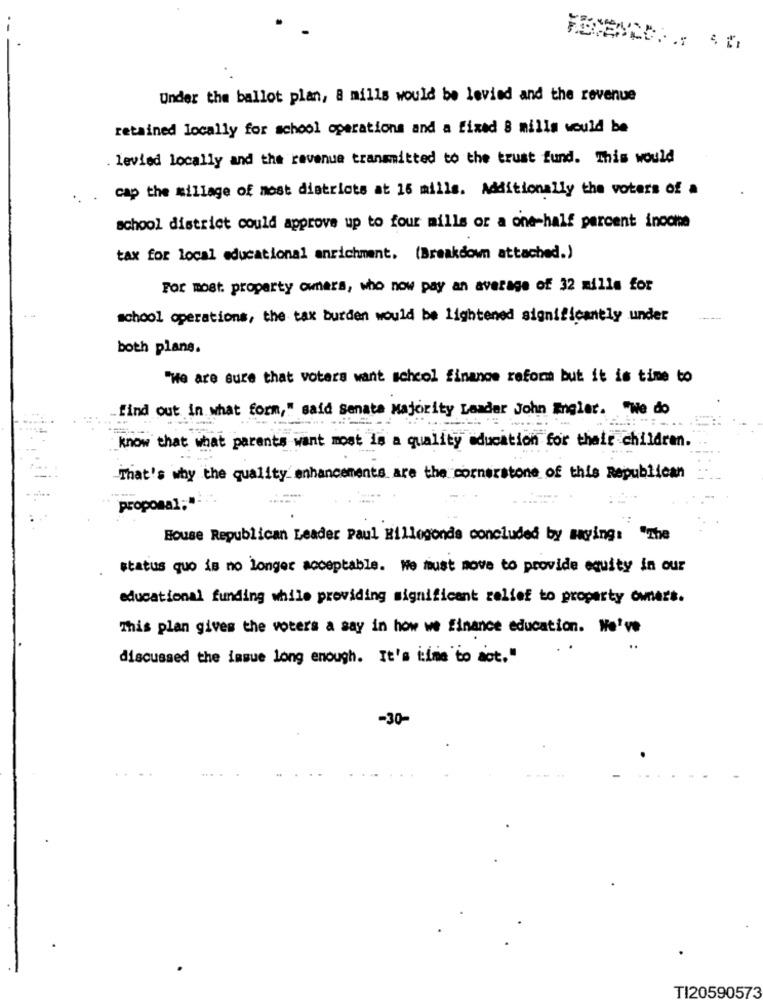
Under the ballot plan, & mills would be levied and the revenue
retained locally for school operations and a fixed 8 mills would be
. levied locally and the revenue transmitted to the trust fund. This would
cap the millage of most districts at 16 mills. Additionally the voters of a
school district could approve up to four mills or a one-half percent inoche
tax for local educational enrichment. (Breakdown attached.)
For most property owners, who now pay an average of 32 mills for
school operations, the tax burden would be lightened significantly under
both plans.
"We are sure that voters want school finance reform but it is time to
find out in what form," said senata Majority Leader John Engler. "We do
know that what parents want most is a quality education for their children.
That's why the quality enhancements are the cornerstone of this Republican
--
proposal;
Bouse Republican Leader Paul Hillogonde concluded by saying: "The
status quo is no longer acceptable. We must move to provide equity in our
educational funding while providing significant relief to property owners.
This plan gives the voters a say in how we finance education. We've
discussed the issue long enough. It's time to act."
-30-
TI20590573